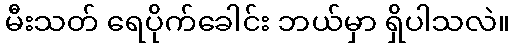
မီးသတ် ရေပိုက်ခေါင်း ဘယ်မှာ ရှိပါသလဲ။